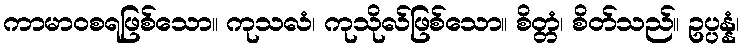
ကာမာဝစရဖြစ်သော။ ကုသလံ၊ ကုသိုလ်ဖြစ်သော။ စိတ္တံ၊ စိတ်သည်။ ဥပ္ပန္နံ၊